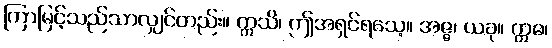
ကြာမြင့်သည်သာလျှင်တည်း။ ဣသိ၊ ဤအရှင်ရသေ့။ အဇ္ဇ၊ ယခု။ ဣဓ၊